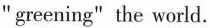
“greening" the world.